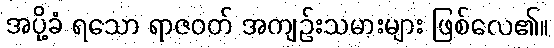
အပို့ခံ ရသော ရာဇဝတ် အကျဉ်းသမားများ ဖြစ်လေ၏။